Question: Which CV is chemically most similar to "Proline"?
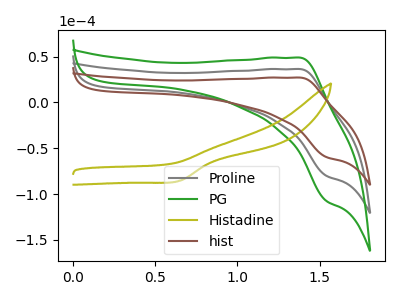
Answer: <think>The gray curve "Proline" has an anodic peak at (1.40V, 36.40uA) and a cathodic peak at (1.55V, -80.10uA). The green curve "PG" has an anodic peak at (1.40V, 72.80uA) and a cathodic peak at (1.55V, -160.20uA). The olive curve "Histadine" has a cathodic peak at: (0.65V, -85.30uA). The brown curve "hist" has an anodic peak at (1.40V, 27.10uA) and a cathodic peak at (1.55V, -59.65uA).
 All the peaks in "Proline" have a peak in "PG" at the same potential. Every peak in "Proline" is lower than every peak in "PG". "Proline" and "Histadine" have a different number of peaks. All the peaks in "Proline" have a peak in "hist" at the same potential. Every peak in "Proline" is higher than every peak in "hist". "PG" and "Histadine" have a different number of peaks. All the peaks in "PG" have a peak in "hist" at the same potential. Every peak in "PG" is higher than every peak in "hist". "Histadine" and "hist" have a different number of peaks.</think>
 <answer>"Proline" and "PG" have a similar shape to "hist".</answer>
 <eval>"Proline" "PG"</eval>